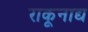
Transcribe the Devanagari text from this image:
राकूनाद्य